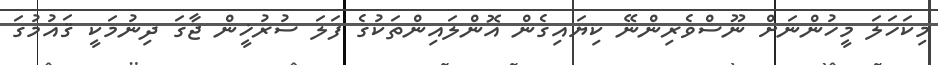
މިކަހަލަ މީހުންނަށް ނޫސްވެރިންނޭ ކިޔައިގެން އޮންލައިންތަކުގެ ފަލަ ސުރުޚީން ޖާގަ ދިނުމަކީ ޤައުމުގަ